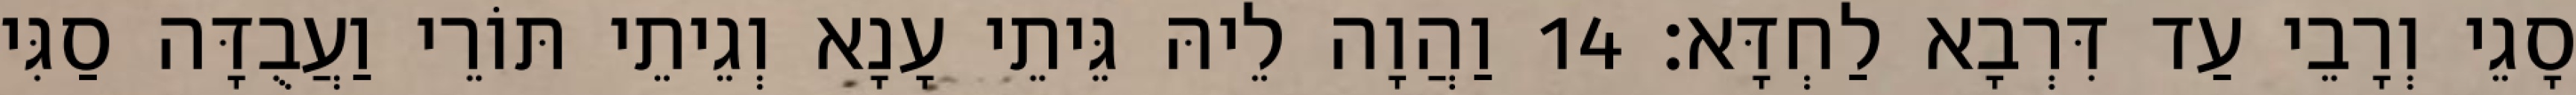
סָגֵי וְרָבֵי עַד דִּרְבָא לַחְדָּא׃ 14 וַהֲוָה לֵיהּ גֵּיתֵי עָנָא וְגֵיתֵי תּוֹרֵי וַעֲבֻדָּה סַגִּי